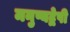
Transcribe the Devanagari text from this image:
मनुष्यद्वेषी